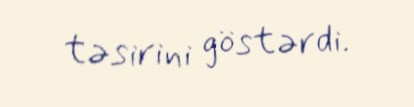
təsirini göstərdi.